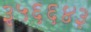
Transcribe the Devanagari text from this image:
३५६६४३